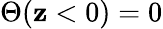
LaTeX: \Theta(\mathbf{z}<0)=0